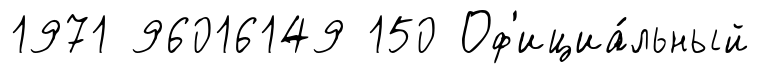
1971 96016149 150 Оф'ициа́льный